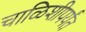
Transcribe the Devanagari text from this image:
चाळिशीपर्यंत